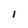
Character: 1